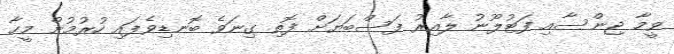
ވީމާ ޖިންސާއި ފަޓުލޫނު ލާއިރު ފަސްބަޔަށް ފޮތި ގިނަވެ ބޮނޑިވެފައި ހުރުމުން މީހާ